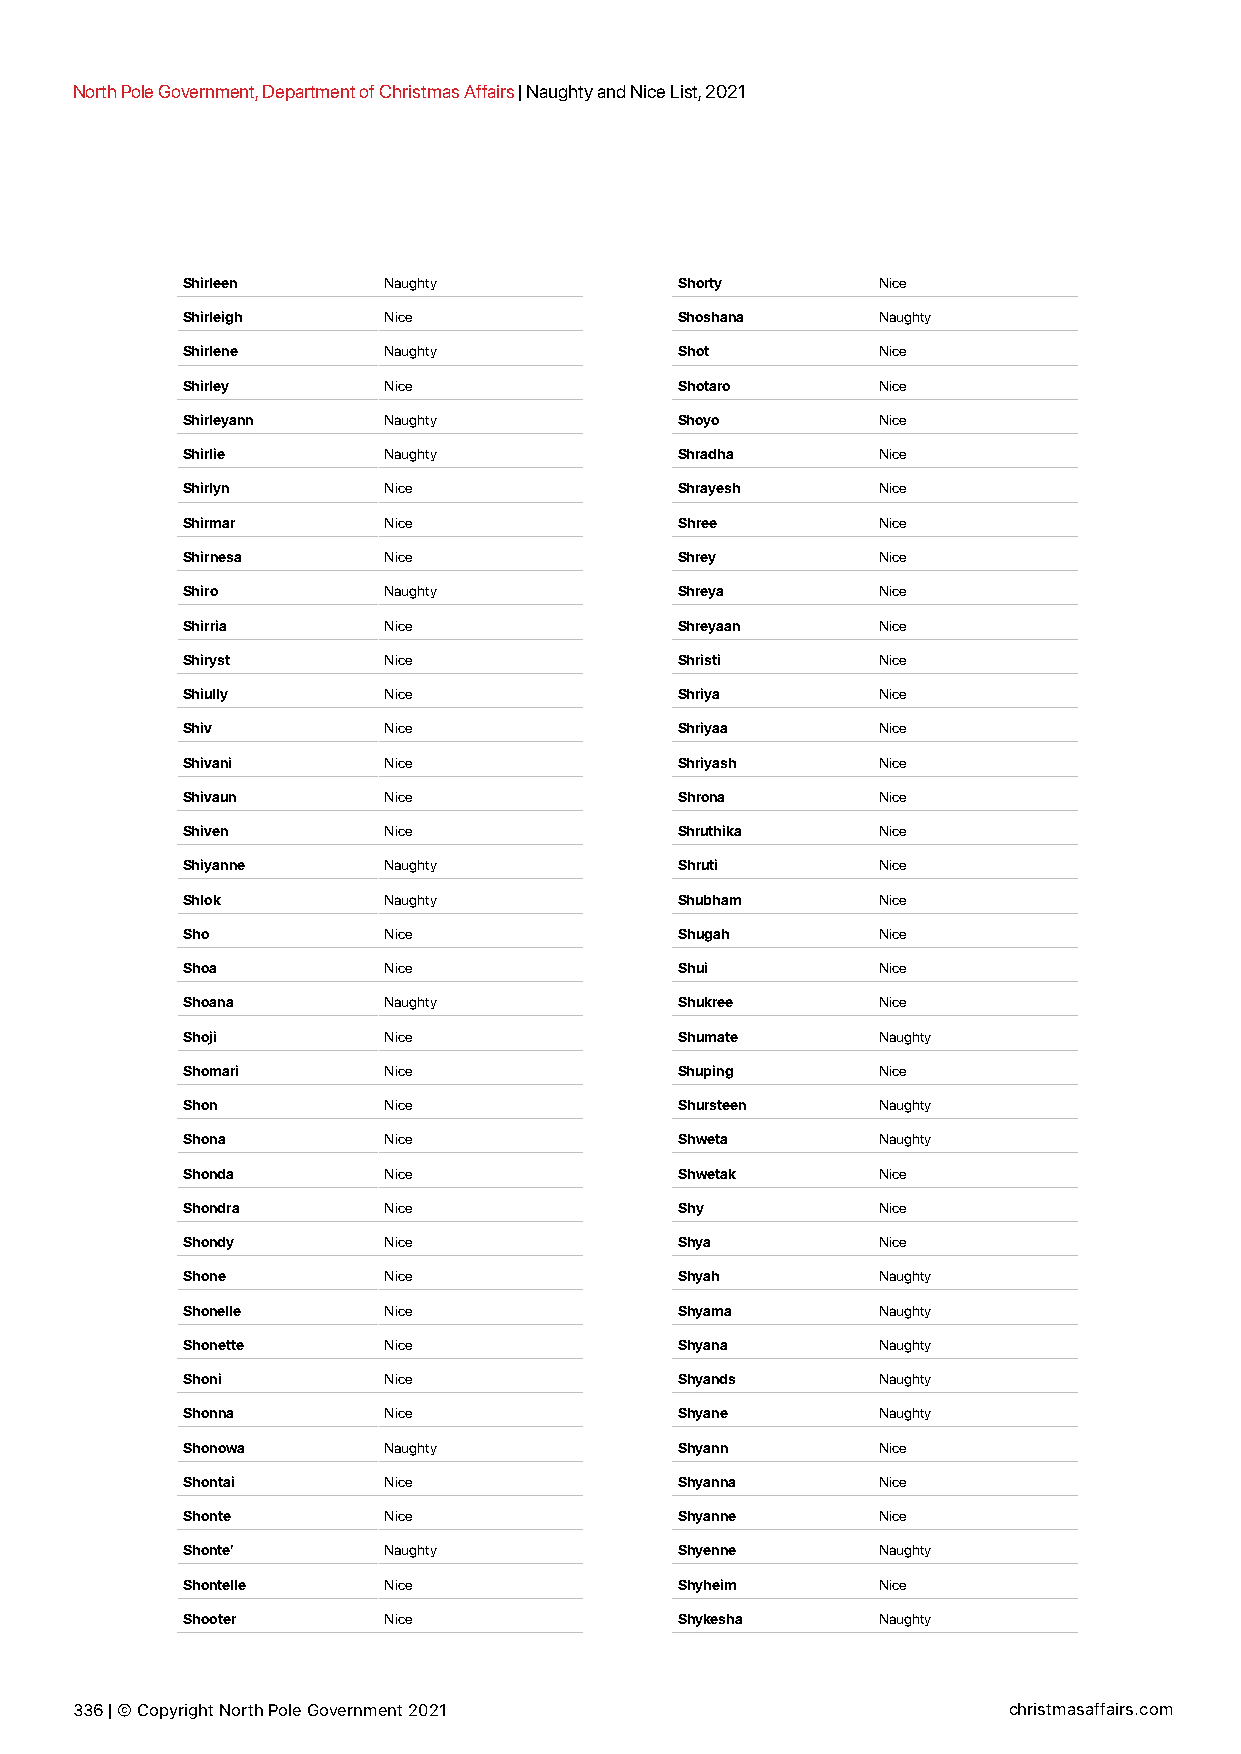
North Pole Government, Department of Christmas Affairs | Naughty and Nice List, 2021
 Shirleen     Naughty             Shorty       Nice
 Shirleigh    Nice                Shoshana     Naughty
 Shirlene     Naughty             Shot         Nice
 Shirley      Nice                Shotaro      Nice
 Shirleyann   Naughty             Shoyo        Nice
 Shirlie      Naughty             Shradha      Nice
 Shirlyn      Nice                Shrayesh     Nice
 Shirmar      Nice                Shree        Nice
 Shirnesa     Nice                Shrey        Nice
 Shiro        Naughty             Shreya       Nice
 Shirria      Nice                Shreyaan     Nice
 Shiryst      Nice                Shristi      Nice
 Shiully      Nice                Shriya       Nice
 Shiv         Nice                Shriyaa      Nice
 Shivani      Nice                Shriyash     Nice
 Shivaun      Nice                Shrona       Nice
 Shiven       Nice                Shruthika    Nice
 Shiyanne     Naughty             Shruti       Nice
 Shlok        Naughty             Shubham      Nice
 Sho          Nice                Shugah       Nice
 Shoa         Nice                Shui         Nice
 Shoana       Naughty             Shukree      Nice
 Shoji        Nice                Shumate      Naughty
 Shomari      Nice                Shuping      Nice
 Shon         Nice                Shursteen    Naughty
 Shona        Nice                Shweta       Naughty
 Shonda       Nice                Shwetak      Nice
 Shondra      Nice                Shy          Nice
 Shondy       Nice                Shya         Nice
 Shone        Nice                Shyah        Naughty
 Shonelle     Nice                Shyama       Naughty
 Shonette     Nice                Shyana       Naughty
 Shoni        Nice                Shyands      Naughty
 Shonna       Nice                Shyane       Naughty
 Shonowa      Naughty             Shyann       Nice
 Shontai      Nice                Shyanna      Nice
 Shonte       Nice                Shyanne      Nice
 Shonte’      Naughty             Shyenne      Naughty
 Shontelle    Nice                Shyheim      Nice
 Shooter      Nice                Shykesha     Naughty
 336 | © Copyright North Pole Government 2021                  christmasaffairs.com